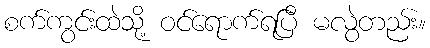
စက်ကွင်းထဲသို့ ဝင်ရောက်ရပြီ မလွဲတည်း။